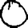
Digit: 0